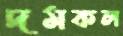
দমকল